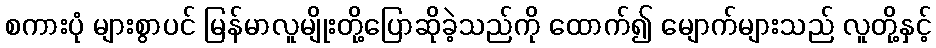
စကားပုံ များစွာပင် မြန်မာလူမျိုးတို့ပြောဆိုခဲ့သည်ကို ထောက်၍ မျောက်များသည် လူတို့နှင့်